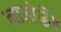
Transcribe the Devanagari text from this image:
नामोद्धिष्ट